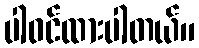
ပါဝင်ထားပါတယ်။